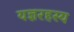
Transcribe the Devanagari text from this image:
यज्ञरहस्य